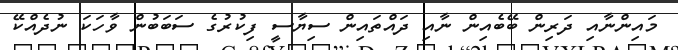
މައިންނާއި ދަރިން ބޭބެއިން ނާއި ދައްތައިން ސިޔާސީ ފިކުރުގެ ސަބަބުން ވާހަކަ ނުދެއްކޭ